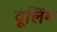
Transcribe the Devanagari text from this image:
वूलिंग